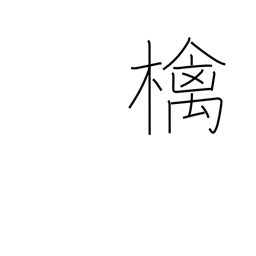
Meaning: apple